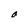
Character: a